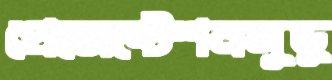
প্রেজেন্টেশনসুডু